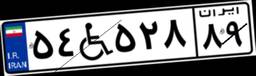
۵۴W۵۲۸۸۹